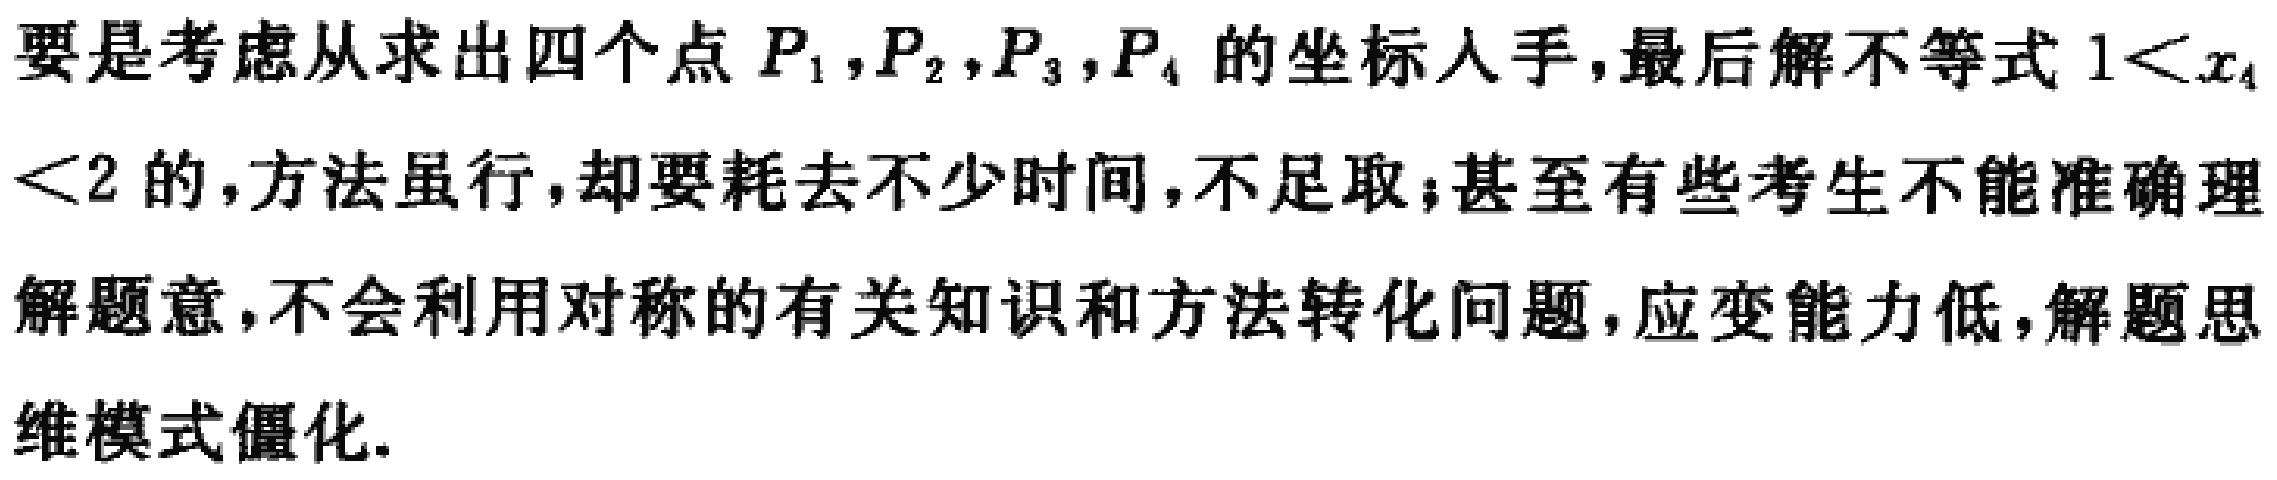
要是考虑从求出四个点 \(P_1,P_2,P_3,P_4\) 的坐标入手,最后解不等式 \(1<x_4\)<2 的,方法虽行,却要耗去不少时间,不足取;甚至有些考生不能准确理解题意,不会利用对称的有关知识和方法转化问题,应变能力低,解题思维模式僵化.